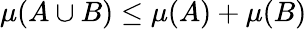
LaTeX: \mu(A\cup B)\leq\mu(A)+\mu(B)